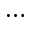
\ldots